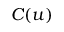
C ( u )